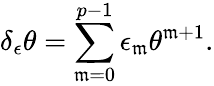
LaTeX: \delta_{\epsilon}\theta=\sum_{\mathfrak{m}=0}^{p-1}\epsilon_{\mathfrak{m}}\theta^{\mathfrak{m}+1}.